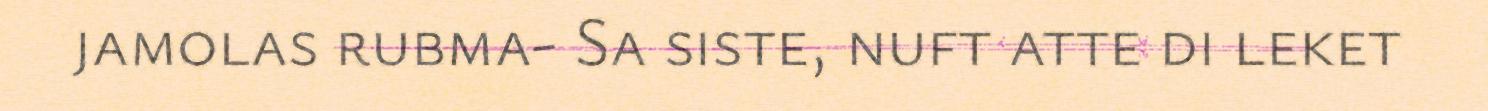
jamolas rubma- Sa siste, nuft atte di leket